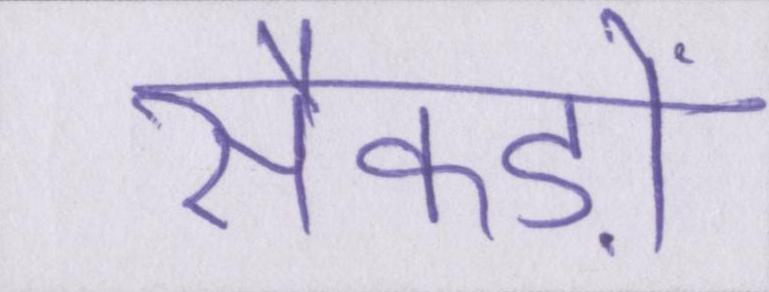
सैकड़ों